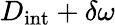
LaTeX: D_{\mathrm{int}}+\delta\omega